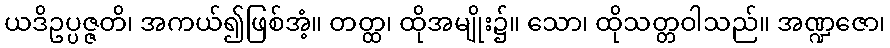
ယဒိဥပ္ပဇ္ဇတိ၊ အကယ်၍ဖြစ်အံ့။ တတ္ထ၊ ထိုအမျိုး၌။ သော၊ ထိုသတ္တဝါသည်။ အဏ္ဍဇော၊